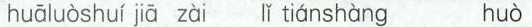
huāluòshuí jiā zài lǐ tiánshàng huò